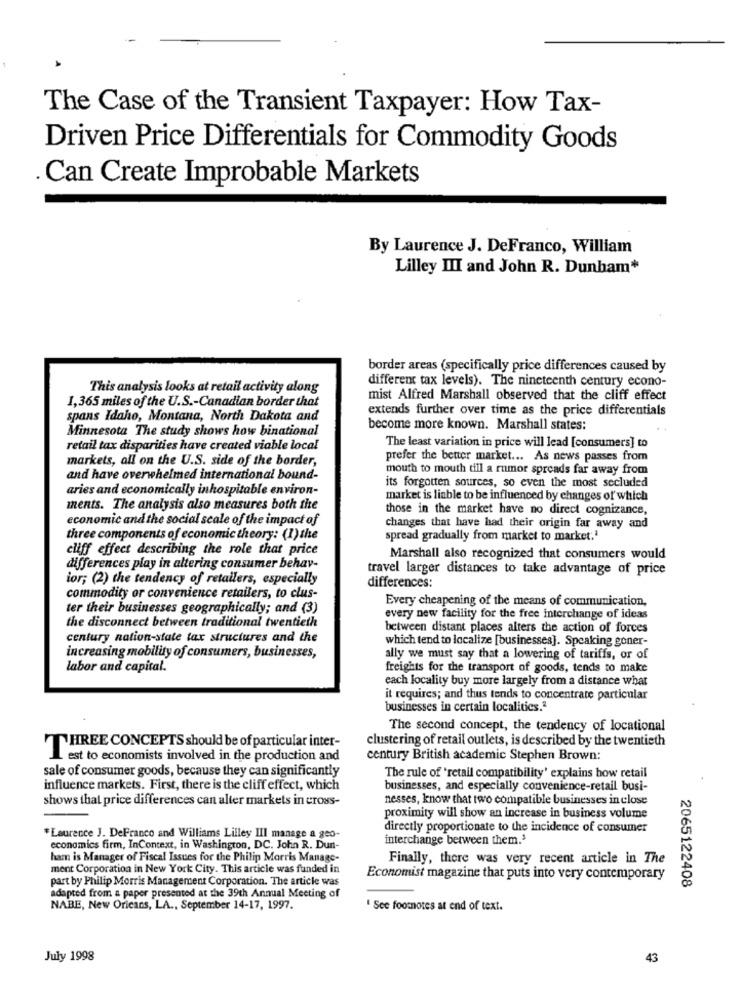
The Case of the Transient Taxpayer: How Tax-
Driven Price Differentials for Commodity Goods
.Can Create Improbable Markets
By Laurence J. DeFranco, William
Lilley III and John R. Dunham*
border areas (specifically price differences caused by
different tax levels). The nineteenth century econo-
This analysis looks at retail activity along
mist Alfred Marshall observed that the cliff effect
1,365 miles of the U.S .- Canadian border that
extends further over time as the price differentials
spans Idaho, Montana, North Dakota and
Minnesota The study shows how binational
become more known. Marshall states:
retail tax disparities have created viable local
The least variation in price will lead [consumers] to
markets, all on the U.S. side of the border,
prefer the better market ... As news passes from
mouth to mouth till a rumor spreads far away from
and have overwhelmed international bound-
its forgotten sources, so even the most secluded
aries and economically inhospitable environ-
market is liable to be influenced by changes of which
ments. The analysis also measures both the
those in the market have no direct cognizance,
economic and the social scale of the impact of
changes that have had their origin far away and
three components of economic theory: (I) the
spread gradually from market to market:1
cliff effect describing the role that price
Marshall also recognized that consumers would
differences play in altering consumer behav-
travel larger distances to take advantage of price
ior; (2) the tendency of retailers, especially
differences:
commodity or convenience retailers, to clus-
Every cheapening of the means of communication,
ter their businesses geographically; and (3)
the disconnect between traditional twentieth
every new facility for the free interchange of ideas
between distant places alters the action of forces
century nation-state tax structures and the
which tend to localize [businesses]. Speaking goner-
increasing mobility of consumers, businesses,
ally we must say that a lowering of tariffs, or of
labor and capital.
freights for the transport of goods, tends to make
each locality buy more largely from a distance what
it requires; and thus tends to concentrate particular
businesses in certain localities.2
The second concept, the tendency of locational
clustering of retail outlets, is described by the twentieth
THREE CONCEPTS should be of particular inter-
est to economists involved in the production and
century British academic Stephen Brown:
sale of consumer goods, because they can significantly
The rule of 'retail compatibility' explains how retail
influence markets. First, there is the cliff effect, which
businesses, and especially convenience-retail busi-
shows that price differences can alter markets in cross-
nesses, know that two compatible businesses in close
proximity will show an increase in business volume
directly proportionate to the incidence of consumer
"Laurence J. DeFranco and Williams Lilley III manage a geo-
interchange between them.3
economics firm, InContext, in Washington, DC. John R. Dun-
ham is Manager of Fiscal Issues for the Philip Morris Manage-
Finally, there was very recent article in The
ment Corporation in New York City. This article was funded in
part by Philip Morris Management Corporation. The article was
Economist magazine that puts into very contemporary
2065122408
adapted from a paper presented at the 39th Annual Meeting of
NABE, New Orleans, LA ., September 14-17, 1997.
Sce footnotes at end of text.
July 1998
43